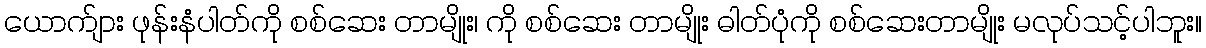
ယောက်ျား ဖုန်းနံပါတ်ကို စစ်ဆေး တာမျိုး၊ ကို စစ်ဆေး တာမျိုး ဓါတ်ပုံကို စစ်ဆေးတာမျိုး မလုပ်သင့်ပါဘူး။